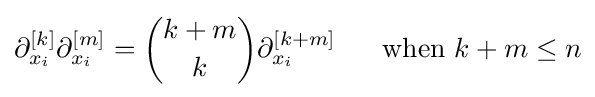
\partial _{x_{i}}^{[k]}\partial _{x_{i}}^{[m]}={k+m \choose k}\partial _{x_{i}}^{[k+m]}~~~~~{\text{when }}k+m\leq n